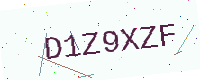
Text: D1Z9XZF